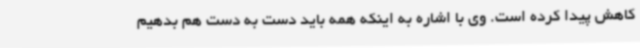
کاهش پیدا کرده است. وی با اشاره به اینکه همه باید دست به دست هم بدهیم